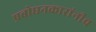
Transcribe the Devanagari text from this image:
प्रबोधनकारांनीच